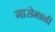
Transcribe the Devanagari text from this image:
गासेमाळी